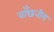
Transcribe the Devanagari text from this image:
वाँछनीय